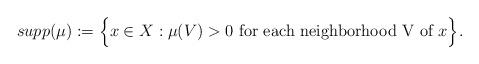
LaTeX: \begin{align*}supp (\mu) := \Big \{x \in X: \mu(V)>0\ \mbox{for each neighborhood V of $x$}\Big\}.\end{align*}